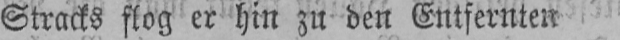
Stracks flog er hin zu den Entfernten